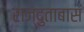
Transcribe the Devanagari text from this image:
राज्दुताबास